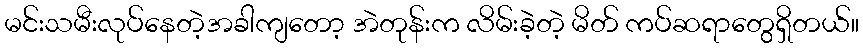
မင်းသမီးလုပ်နေတဲ့အခါကျတော့ အဲတုန်းက လိမ်းခဲ့တဲ့ မိတ် ကပ်ဆရာတွေရှိတယ်။